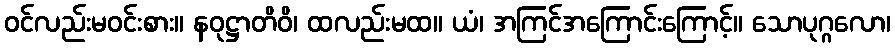
ဝင်လည်းမဝင်းစား။ နဝုဋ္ဌာတိဝိ၊ ထလည်းမထ။ ယံ၊ အကြင်အကြောင်းကြောင့်။ သောပုဂ္ဂလော၊